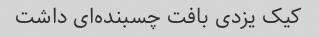
کیک یزدی بافت چسبنده‌ای داشت